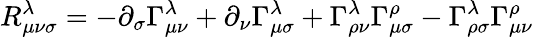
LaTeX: R_{\mu\nu\sigma}^{\lambda}=-\partial_{\sigma}\Gamma_{\mu\nu}^{\lambda}+\partial_{\nu}\Gamma_{\mu\sigma}^{\lambda}+\Gamma_{\rho\nu}^{\lambda}\Gamma_{\mu\sigma}^{\rho}-\Gamma_{\rho\sigma}^{\lambda}\Gamma_{\mu\nu}^{\rho}